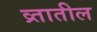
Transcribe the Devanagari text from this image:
व्र्तातील